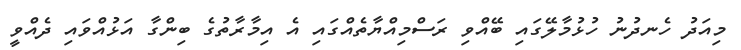
މިއަދު ހެނދުނު ހުޅުމާލޭގައި ބޭއްވި ރަސްމިއްޔާތެއްގައި އެ އިމާރާތުގެ ބިންގާ އަޅުއްވައި ދެއްވީ